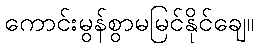
ကောင်းမွန်စွာမမြင်နိုင်ချေ။